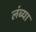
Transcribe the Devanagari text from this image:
लंब्या